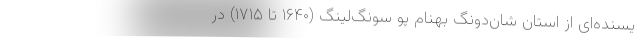
یسنده‌ای از استان شان‌دونگ بهنامِ پو سونگ‌لینگ (۱۶۴۰ تا ۱۷۱۵) در